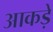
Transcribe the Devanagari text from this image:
आकड़ें